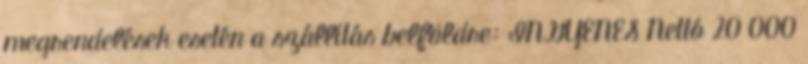
megrendelések esetén a szállítás belföldre: INGYENES Nettó 20 000